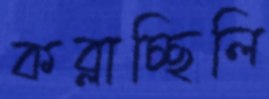
কব্‌লাচ্ছিলি